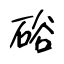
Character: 硲